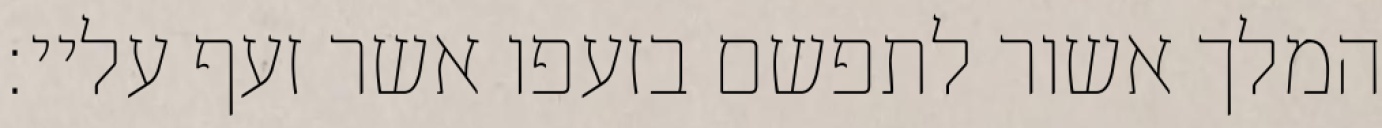
המלך אשור לתפשם בזעפו אשר זעף עליי: